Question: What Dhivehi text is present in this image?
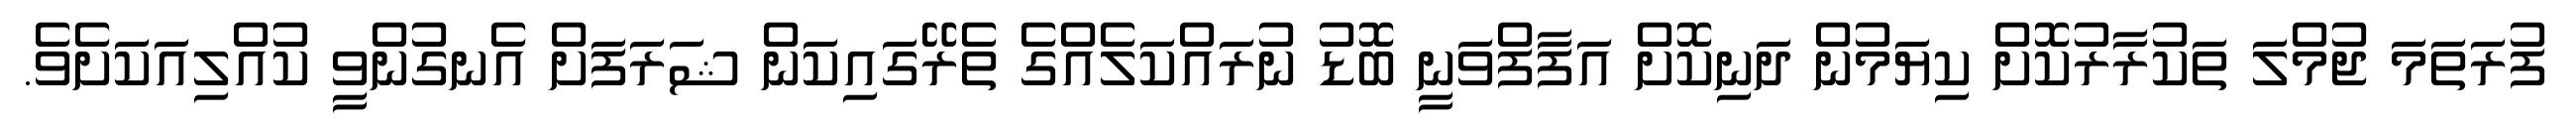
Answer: ފުރަތަމަ ޖުމްލަ ތަކުރާރުކޮށް ކިޔަމުން ދަނިކޮށް އަފާފްވަނީ ބޮޑު ނުރައްކަލެއްގެ ތެރޭގައިކަން ޝަރަފަށް އެނގުންވީ ކުއްލިއަކަށެވެ.